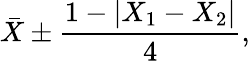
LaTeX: {\bar{X}}\pm{\frac{1-|X_{1}-X_{2}|}{4}},